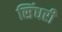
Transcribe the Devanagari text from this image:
सिंधरी